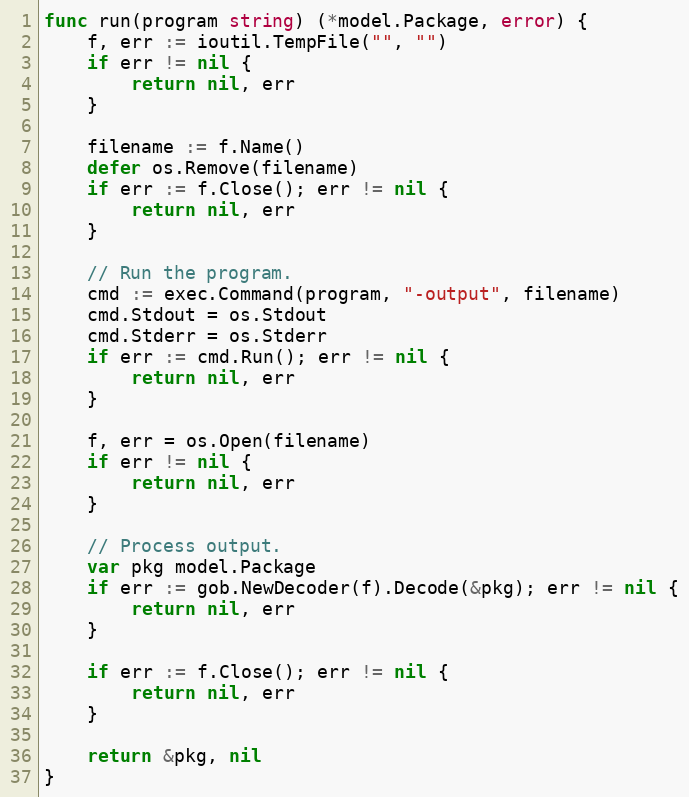
Language: Go
func run(program string) (*model.Package, error) {
	f, err := ioutil.TempFile("", "")
	if err != nil {
		return nil, err
	}

	filename := f.Name()
	defer os.Remove(filename)
	if err := f.Close(); err != nil {
		return nil, err
	}

	// Run the program.
	cmd := exec.Command(program, "-output", filename)
	cmd.Stdout = os.Stdout
	cmd.Stderr = os.Stderr
	if err := cmd.Run(); err != nil {
		return nil, err
	}

	f, err = os.Open(filename)
	if err != nil {
		return nil, err
	}

	// Process output.
	var pkg model.Package
	if err := gob.NewDecoder(f).Decode(&pkg); err != nil {
		return nil, err
	}

	if err := f.Close(); err != nil {
		return nil, err
	}

	return &pkg, nil
}